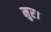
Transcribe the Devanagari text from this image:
मुर।